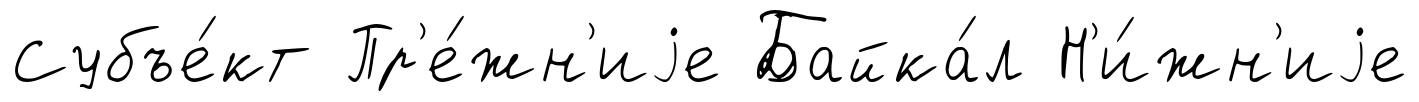
Субъе́кт Пр'е́жн'иjе Байка́л Н'и́жн'иjе